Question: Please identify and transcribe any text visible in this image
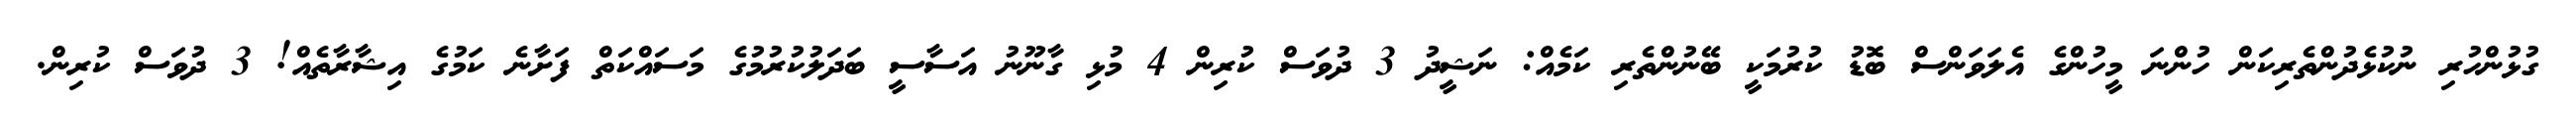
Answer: ގުޅުންހުރި ނުކުޅެދުންތެރިކަން ހުންނަ މީހުންގެ އެލަވަންސް ބޮޑު ކުރުމަކީ ބޭނުންތެރި ކަމެއް: ނަޝީދު 3 ދުވަސް ކުރިން 4 މުޅި ގާނޫނު އަސާސީ ބަދަލުކުރުމުގެ މަސައްކަތް ފަށާނެ ކަމުގެ އިޝާރާތެއް! 3 ދުވަސް ކުރިން.